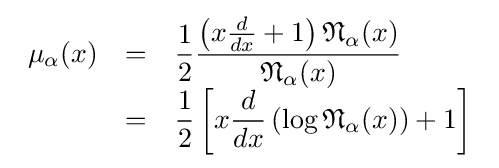
{\begin{array}{lcl}\mu _{\alpha }(x)&=&\displaystyle {\frac {1}{2}}{\frac {\left(x{d \over dx}+1\right){\mathfrak {N}}_{\alpha }(x)}{{\mathfrak {N}}_{\alpha }(x)}}\\&=&\displaystyle {\frac {1}{2}}\left[x{d \over dx}\left(\log {\mathfrak {N}}_{\alpha }(x)\right)+1\right]\end{array}}